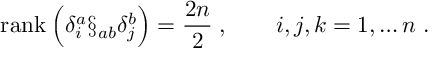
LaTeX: \mathrm { r a n k } \: \Bigl ( \delta _ { i } ^ { a } \S _ { a b } \delta _ { j } ^ { b } \Bigr ) = \frac { 2 n } { 2 } \; , \qquad i , j , k = 1 , \ldots n \; .